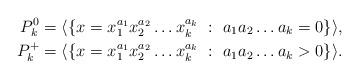
LaTeX: \begin{align*} P_k^0 &=\langle\{x=x_1^{a_1}x_2^{a_2}\ldots x_k^{a_k} \ : \ a_1a_2\ldots a_k=0\}\rangle,\\ P_k^+ &= \langle\{x=x_1^{a_1}x_2^{a_2}\ldots x_k^{a_k} \ : \ a_1a_2\ldots a_k>0\}\rangle. \end{align*}